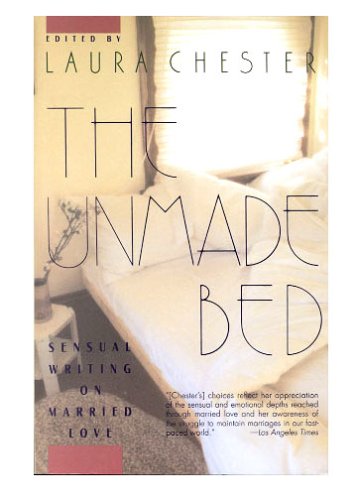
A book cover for The Unmade Bed: Sensual Writing on Married Love; Laura Chester; Romance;